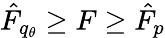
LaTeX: \hat{F}_{q_{\theta}}\geq F\geq\hat{F}_{p}